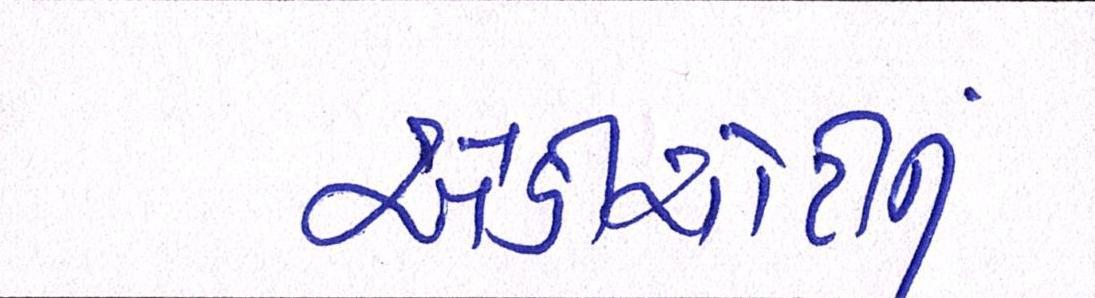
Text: એડીચોટીનું